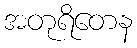
အတုရိတေန